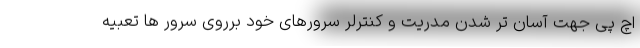
اچ پی جهت آسان تر شدن مدریت و کنترلر سرورهای خود برروی سرور ها تعبیه